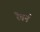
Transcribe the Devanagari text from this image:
रैबर्न